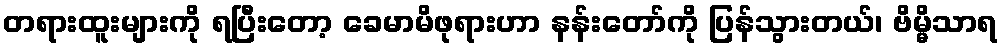
တရားထူးများကို ရပြီးတော့ ခေမာမိဖုရားဟာ နန်းတော်ကို ပြန်သွားတယ်၊ ဗိမ္မိသာရ